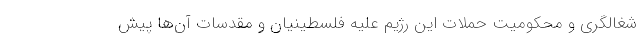
شغالگری و محکومیت حملات این رژیم علیه فلسطینیان و مقدسات آن‌ها پیش